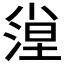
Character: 𡮛